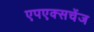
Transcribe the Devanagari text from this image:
एपएक्सचेंज